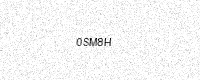
Text: 0SM8H